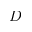
D